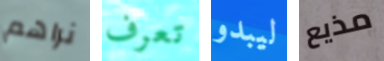
نراهم تعرف ليبدو مذيع